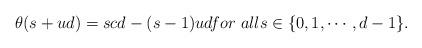
LaTeX: \begin{align*}\theta(s+ud)=scd-(s-1)ud for\ alls\in\{0,1,\cdots,d-1\}.\end{align*}